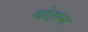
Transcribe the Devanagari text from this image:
योहन्न